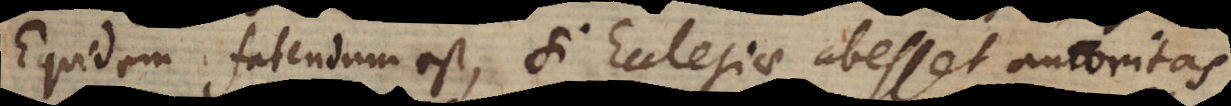
Equidem fatendum est, si Ecclesiae abesset autoritas